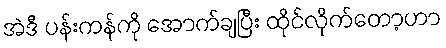
အဲဒီ ပန်းကန်ကို အောက်ချပြီး ထိုင်လိုက်တော့ဟာ